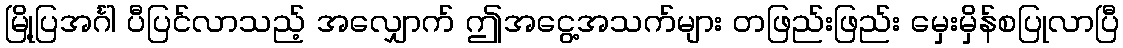
မြို့ပြအင်္ဂါ ပီပြင်လာသည့် အလျှောက် ဤအငွေ့အသက်များ တဖြည်းဖြည်း မှေးမှိန်စပြုလာပြီ